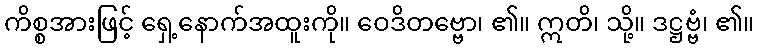
ကိစ္စအားဖြင့် ရှေ့နောက်အထူးကို။ ဝေဒိတဗ္ဗော၊ ၏။ ဣတိ၊ သို့။ ဒဋ္ဌဗ္ဗံ၊ ၏။